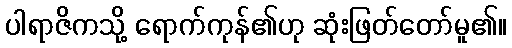
ပါရာဇိကသို့ ရောက်ကုန်၏ဟု ဆုံးဖြတ်တော်မူ၏။